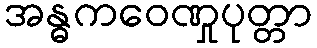
အန္ဓကဝေဏှုပုတ္တာ